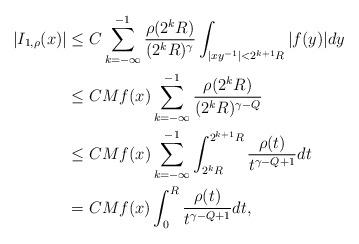
LaTeX: \begin{align*}|I_{1,\rho}(x)|&\leq C \sum_{k=-\infty}^{-1}\frac{\rho(2^{k}R)}{(2^{k}R)^{\gamma}}\int_{|xy^{-1}|<2^{k+1}R}|f(y)|dy\\ & \leq C Mf(x) \sum_{k=-\infty}^{-1}\frac{\rho(2^{k}R)}{(2^{k}R)^{\gamma-Q}}\\ & \leq C Mf(x) \sum_{k=-\infty}^{-1}\int_{2^{k}R}^{2^{k+1}R}\frac{\rho(t)}{t^{\gamma-Q+1}}dt\\ & = C Mf(x) \int_{0}^{R}\frac{\rho(t)}{t^{\gamma-Q+1}}dt,\end{align*}